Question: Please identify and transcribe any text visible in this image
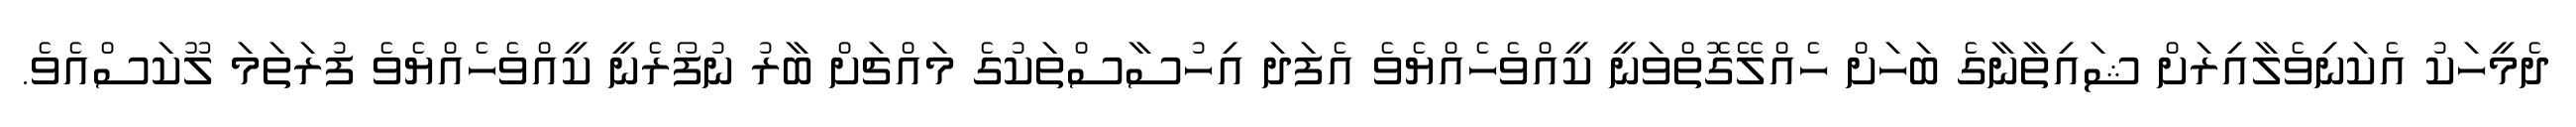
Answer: ދެމީހަކު އެކަނިވެލާއިރަށް ޝައިތާނާގެ ބަހަށް ހެއްލޭގޮތްވަނީ ކީއްވެހެއްޔެވެ އެފަދަ އިހުސާސްތަކުގެ މައްޗަށް ބާރު ނުފޯރެނީ ކީއްވެހެއްޔެވެ ފުރަތަމަ ލޫކަސްއެވެ.